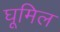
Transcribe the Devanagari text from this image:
घूमिल